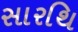
સારથિ